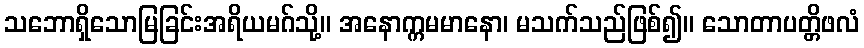
သဘောရှိသောမြခြင်းအရိယမဂ်သို့။ အနောက္ကမမာနော၊ မသက်သည်ဖြစ်၍။ သောတာပတ္တိဖလံ